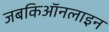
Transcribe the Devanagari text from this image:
जबकिऑनलाइन